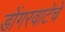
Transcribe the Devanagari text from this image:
डोंगरवाटेचे